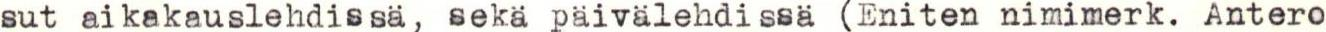
sut aikakauslehdissä, sekä päivälehdissä (Eniten nimimerk. Antero